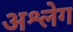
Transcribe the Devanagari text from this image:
अश्लेग